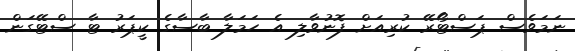
ނަމަވެސް ޕަސްޓޯރޭ ކުރިއަށް ފޮނުވާލި އެ ހަމަލާ ބާސާގެ ކީޕަރު ޓާ ސްޓޭގަން